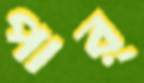
পার্